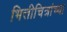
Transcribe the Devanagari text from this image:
भित्तीचित्रांच्या